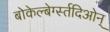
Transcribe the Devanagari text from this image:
बोकेल्बेर्ग्स्तदिओन्